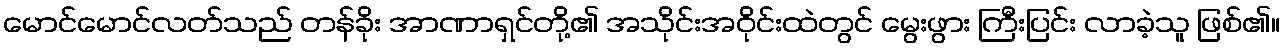
မောင်မောင်လတ်သည် တန်ခိုး အာဏာရှင်တို့၏ အသိုင်းအဝိုင်းထဲတွင် မွေးဖွား ကြီးပြင်း လာခဲ့သူ ဖြစ်၏။